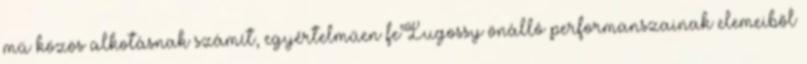
mű közös alkotásnak számít, egyértelműen feLugossy önálló performanszainak elemeiből